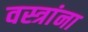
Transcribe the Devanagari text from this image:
वस्त्रांना